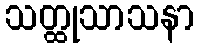
သတ္ထုသာသနာ